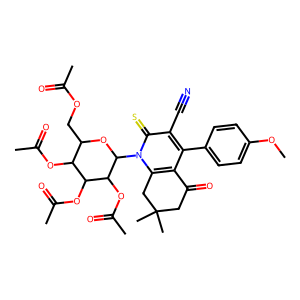
SMILES: COc1ccc(-c2c3c(n(C4OC(COC(C)=O)C(OC(C)=O)C(OC(C)=O)C4OC(C)=O)c(=S)c2C#N)CC(C)(C)CC3=O)cc1
Inhibits HIV replication: No